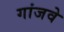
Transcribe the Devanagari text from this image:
गांजवे